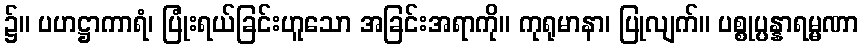
၌။ ပဟဋ္ဌာကာရံ၊ ပြုံးရယ်ခြင်းဟူသော အခြင်းအရာကို။ ကုရုမာနာ၊ ပြုလျက်။ ပစ္စုပ္ပန္နာရမ္မဏာ